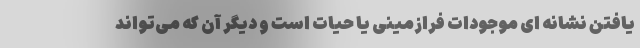
یافتن نشانه ‌ای موجودات فرازمینی یا حیات است و دیگر آن که می‌تواند